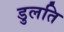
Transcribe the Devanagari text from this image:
डुलति